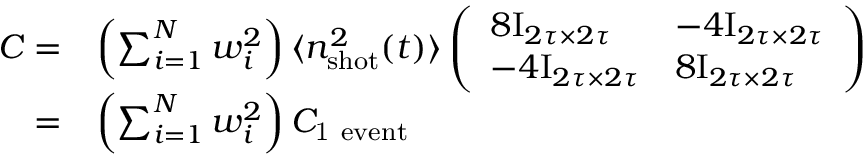
\begin{array} { r l } { C = } & { \left( \sum _ { i = 1 } ^ { N } w _ { i } ^ { 2 } \right) \langle n _ { \mathrm { s h o t } } ^ { 2 } ( t ) \rangle \left( \begin{array} { l l } { 8 \mathrm { I } _ { 2 \tau \times 2 \tau } } & { - 4 \mathrm { I } _ { 2 \tau \times 2 \tau } } \\ { - 4 \mathrm { I } _ { 2 \tau \times 2 \tau } } & { 8 \mathrm { I } _ { 2 \tau \times 2 \tau } } \end{array} \right) } \\ { = } & { \left( \sum _ { i = 1 } ^ { N } w _ { i } ^ { 2 } \right) C _ { \mathrm { 1 ~ e v e n t } } } \end{array}